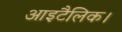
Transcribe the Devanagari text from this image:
आइटैलिक।